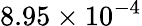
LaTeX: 8.95\times 10^{-4}